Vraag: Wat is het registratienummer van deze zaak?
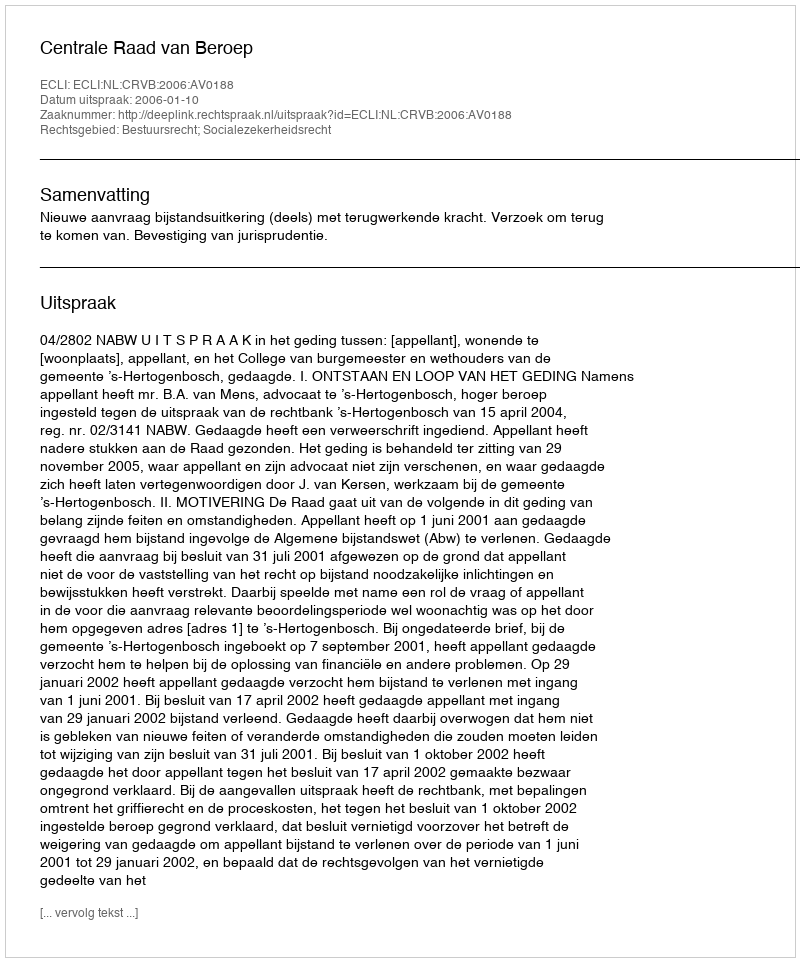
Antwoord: http://deeplink.rechtspraak.nl/uitspraak?id=ECLI:NL:CRVB:2006:AV0188